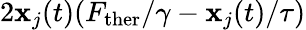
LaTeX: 2\mathbf{x}_{j}(t)(F_{\mathrm{{ther}}}/\gamma-\mathbf{x}_{j}(t)/\tau)